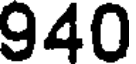
940